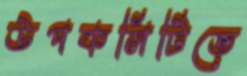
উপকমিটিতে